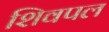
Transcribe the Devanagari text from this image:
शिवपल